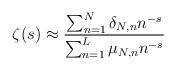
LaTeX: \begin{align*}\zeta(s)\approx\frac{\sum_{n=1}^N\delta_{N,n}n^{-s}}{\sum_{n=1}^L \mu_{N,n}n^{-s}}\end{align*}